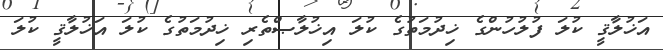
އަޚުލާޤީ ކުލަ ފުލުހުންގެ ޚިދުމަތުގެ ކުލަ އިޚުލާޞްތެރި ޚިދުމަތުގެ ކުލަ އަޚުލާޤީ ކުލަ